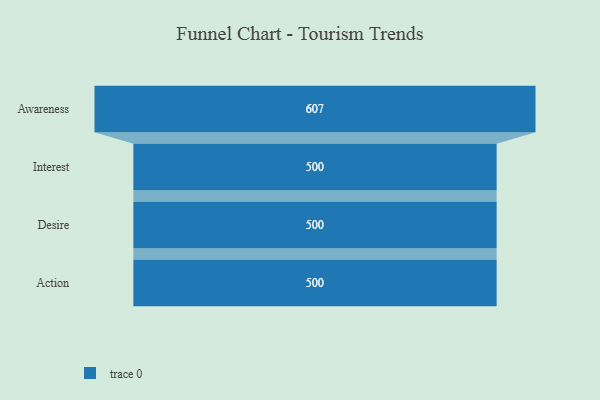
{"axis": {"x": "Stage", "y": "Value"}, "legend": [""], "data": [{"x": "Awareness", "y": 607.0, "type": ""}, {"x": "Interest", "y": 500, "type": ""}, {"x": "Desire", "y": 500, "type": ""}, {"x": "Action", "y": 500, "type": ""}]}